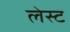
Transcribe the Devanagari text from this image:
लेस्ट